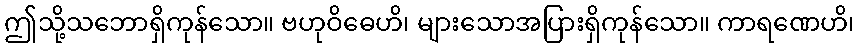
ဤသို့သဘောရှိကုန်သော။ ဗဟုဝိဓေဟိ၊ များသောအပြားရှိကုန်သော။ ကာရဏေဟိ၊